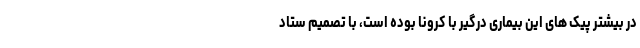
در بیشتر پیک های این بیماری درگیر با کرونا بوده است، با تصمیم ستاد